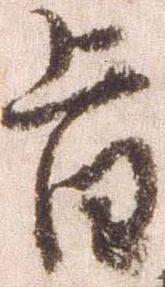
旨